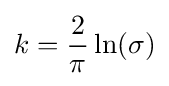
k={\frac {2}{\pi }}\ln(\sigma )